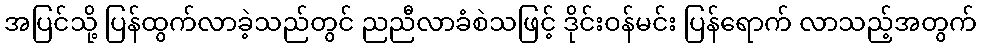
အပြင်သို့ ပြန်ထွက်လာခဲ့သည်တွင် ညညီလာခံစဲသဖြင့် ဒိုင်းဝန်မင်း ပြန်ရောက် လာသည့်အတွက်